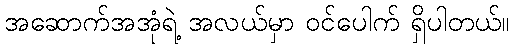
အဆောက်အအုံရဲ့ အလယ်မှာ ဝင်ပေါက် ရှိပါတယ်။